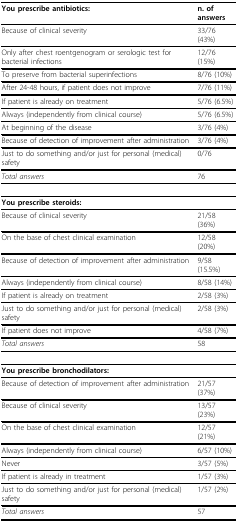
<table><thead><tr><td><b>You prescribe antibiotics:</b></td><td><b>n. of answers</b></td></tr></thead><tbody><tr><td>Because of clinical severity</td><td>33/76 (43%)</td></tr><tr><td>Only after chest roentgenogram or serologic test for bacterial infections</td><td>12/76 (15%)</td></tr><tr><td>To preserve from bacterial superinfections</td><td>8/76 (10%)</td></tr><tr><td>After 24-48 hours, if patient does not improve</td><td>7/76 (11%)</td></tr><tr><td>If patient is already on treatment</td><td>5/76 (6.5%)</td></tr><tr><td>Always (independently from clinical course)</td><td>5/76 (6.5%)</td></tr><tr><td>At beginning of the disease</td><td>3/76 (4%)</td></tr><tr><td>Because of detection of improvement after administration</td><td>3/76 (4%)</td></tr><tr><td>Just to do something and/or just for personal (medical) safety</td><td>0/76</td></tr><tr><td><i>Total answers</i></td><td>76</td></tr><tr><td><b>You prescribe steroids:</b></td><td></td></tr><tr><td>Because of clinical severity</td><td>21/58 (36%)</td></tr><tr><td>On the base of chest clinical examination</td><td>12/58 (20%)</td></tr><tr><td>Because of detection of improvement after administration</td><td>9/58 (15.5%)</td></tr><tr><td>Always (independently from clinical course)</td><td>8/58 (14%)</td></tr><tr><td>If patient is already on treatment</td><td>2/58 (3%)</td></tr><tr><td>Just to do something and/or just for personal (medical) safety</td><td>2/58 (3%)</td></tr><tr><td>If patient does not improve</td><td>4/58 (7%)</td></tr><tr><td><i>Total answers</i></td><td>58</td></tr><tr><td><b>You prescribe bronchodilators:</b></td><td></td></tr><tr><td>Because of detection of improvement after administration</td><td>21/57 (37%)</td></tr><tr><td>Because of clinical severity</td><td>13/57 (23%)</td></tr><tr><td>On the base of chest clinical examination</td><td>12/57 (21%)</td></tr><tr><td>Always (independently from clinical course)</td><td>6/57 (10%)</td></tr><tr><td>Never</td><td>3/57 (5%)</td></tr><tr><td>If patient is already in treatment</td><td>1/57 (3%)</td></tr><tr><td>Just to do something and/or just for personal (medical) safety</td><td>1/57 (2%)</td></tr><tr><td><i>Total answers</i></td><td>57</td></tr></tbody></table>